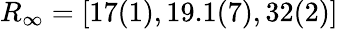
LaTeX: R_{\infty}=[17(1),19.1(7),32(2)]